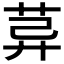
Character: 𦯸